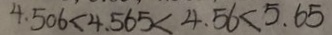
4 . 5 0 6 < 4 . 5 6 5 < 4 . 5 6 < 5 . 6 5